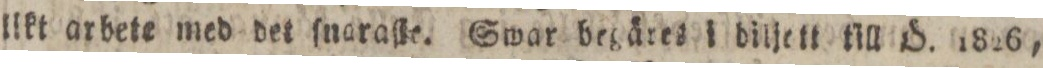
likt arbete med det ſnaraſte. Swar begäres i biljett till Ö. 1826,